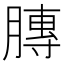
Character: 膞